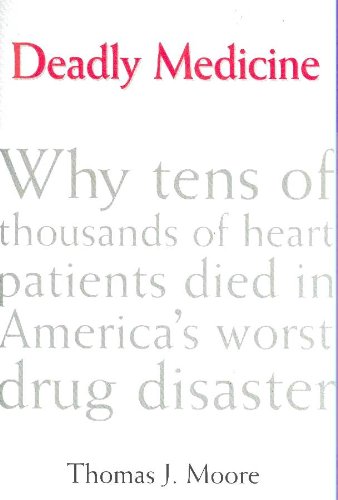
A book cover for Deadly Medicine: Why Tens of Thousands of Heart Patients Died in America's Worst Drug Disaster; Thomas J. Moore; Medical Books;